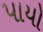
પાયો